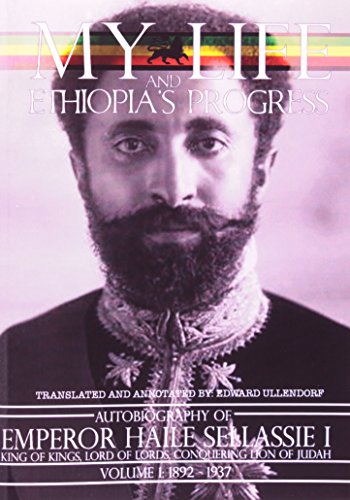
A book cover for My Life and Ethiopia's Progress: The Autobiography of Emperor Haile Sellassie I (Volume 1) (My Life and Ethiopia's Progress) (My Life and Ethiopia's Progress); Haile I. Sellassie; Biographies & Memoirs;